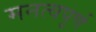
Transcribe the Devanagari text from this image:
मनत्वपूर्ण